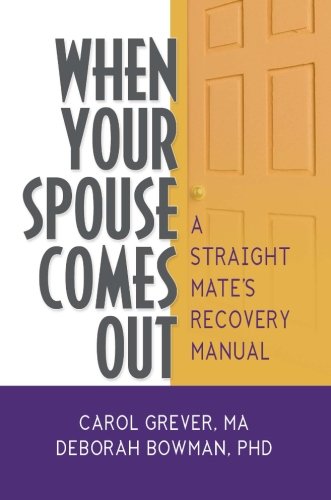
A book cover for When Your Spouse Comes Out: A Straight Mate's Recovery Manual (Haworth Series in GLBT Family Studies (GLBTFS)); Carol Grever; Gay & Lesbian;